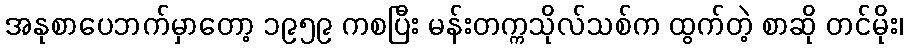
အနုစာပေဘက်မှာတော့ ၁၉၅၉ ကစပြီး မန်းတက္ကသိုလ်သစ်က ထွက်တဲ့ စာဆို တင်မိုး၊